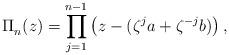
LaTeX: \begin{align*}\Pi_n^{}(z) = \prod_{j=1}^{n-1} \left( z - (\zeta^{j}a + \zeta^{-j}b)\right),\end{align*}